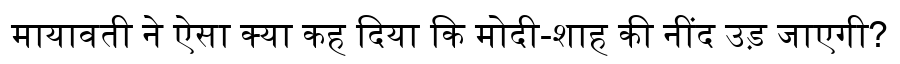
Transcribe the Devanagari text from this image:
मायावती ने ऐसा क्या कह दिया कि मोदी-शाह की नींद उड़ जाएगी?